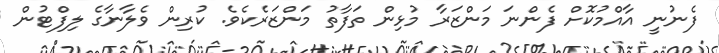
ފެނުނީ އާއްމުކޮށް ފެންނަ މަންޒަރާ މުޅިން ތަފާތު މަންޒަރެކެވެ. ކުރިން ވެލާނާގެ ލިފްޓުން